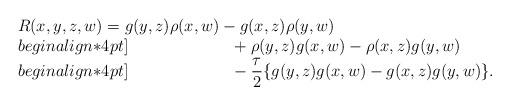
LaTeX: \begin{align*}\begin{array}{l}R(x,y,z,w) = g(y,z)\rho(x,w) - g(x,z)\rho(y,w) \\begin{align*}4pt]\phantom{R(x,y,z,w) = }+ \rho(y,z)g(x,w) - \rho(x,z)g(y,w)\\begin{align*}4pt]\phantom{R(x,y,z,w) = }-\dfrac{\tau}{2}\{g(y,z)g(x,w) - g(x,z)g(y,w)\}.\end{array}\end{align*}